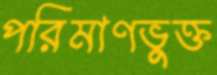
পরিমাণভুক্ত